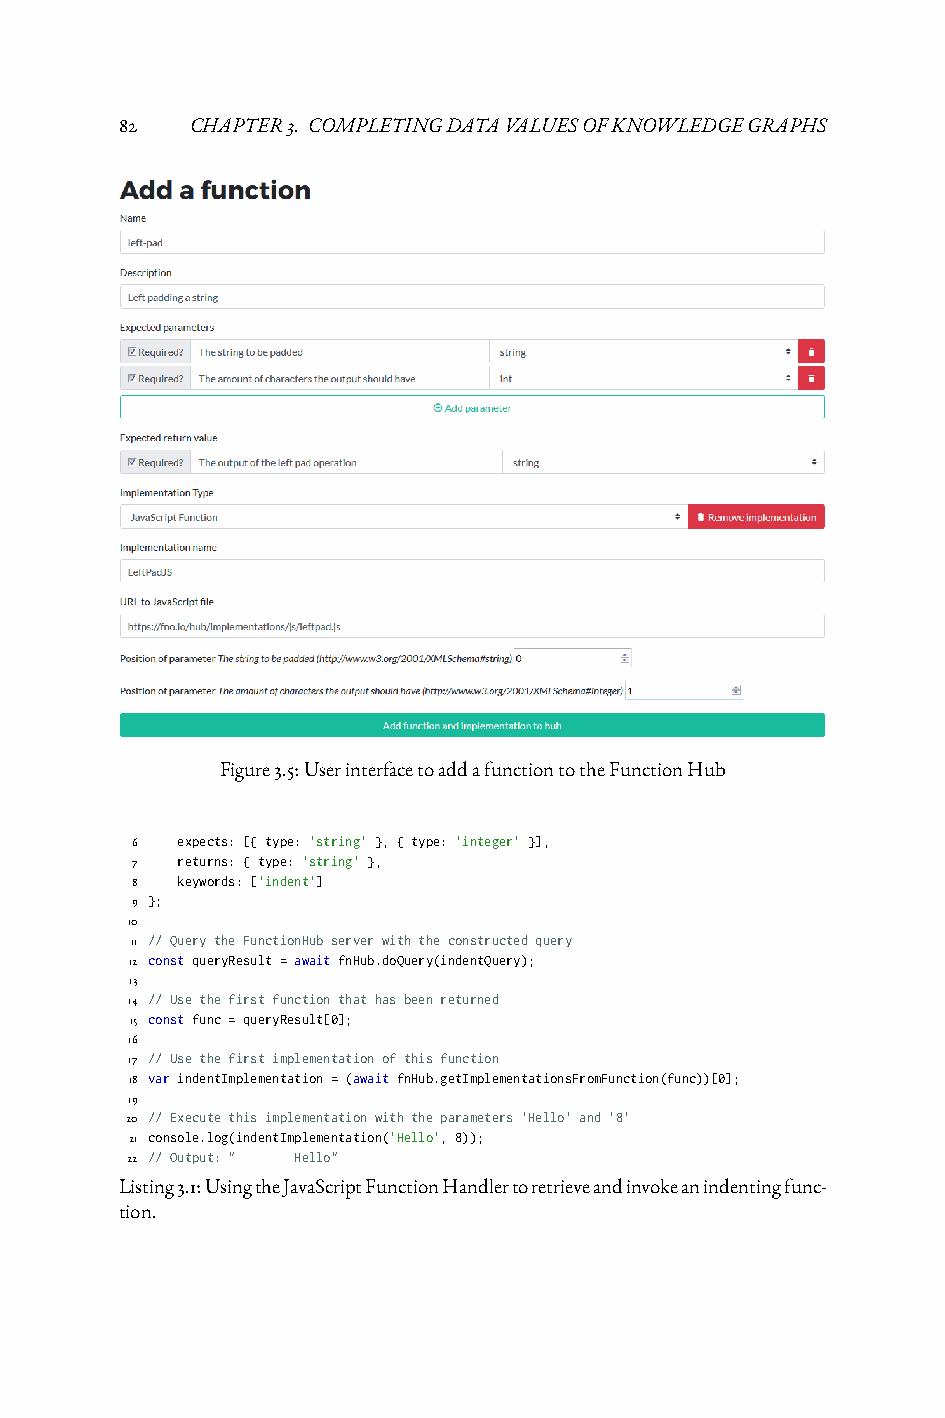
82   CHAPTER3. COMPLETINGDATAVALUESOFKNOWLEDGEGRAPHS
 Figure3.5:UserinterfacetoaddafunctiontotheFunctionHub
 6  expects: [{ type: 'string' }, { type: 'integer' }],
 7  returns: { type: 'string' },
 8  keywords: ['indent']
 9 };
 10
 11 // Query the FunctionHub server with the constructed query
 12 const queryResult = await fnHub.doQuery(indentQuery);
 13
 14 // Use the first function that has been returned
 15 const func = queryResult[0];
 16
 17 // Use the first implementation of this function
 18 var indentImplementation = (await fnHub.getImplementationsFromFunction(func))[0];
 19
 20 // Execute this implementation with the parameters 'Hello' and '8'
 21 console.log(indentImplementation('Hello', 8));
 22 // Output: " Hello"
 Listing3.1:UsingtheJavaScriptFunctionHandlertoretrieveandinvokeanindentingfunc-
 tion.